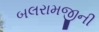
બલરામજીની